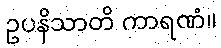
ဥပနိသာတိ ကာရဏံ။